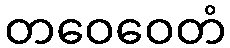
တဝေဝေတံ